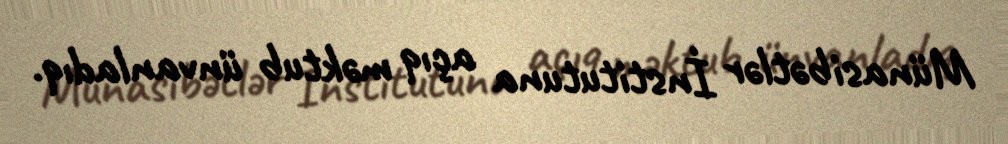
Münasibətlər İnstitutuna açıq məktub ünvanladıq.